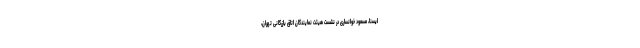
ایسنا، مسعود خوانساری در نشست هیئت نمایندگان اتاق بازرگانی تهران،